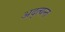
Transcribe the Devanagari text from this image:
अद्त्यन्त